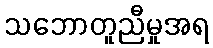
သဘောတူညီမှုအရ